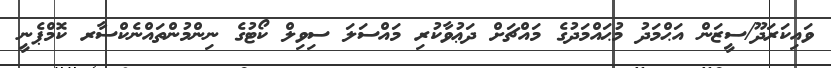
ވައިކަރަދޫ/ސީޒަން އަޙްމަދު މުޙައްމަދުގެ މައްޗަށް ދަޢުވާކުރި މައްސަލަ ސިވިލް ކޯޓުގެ ނިންމުންތައްނެކްސާރ ކޮމްޕެނީ